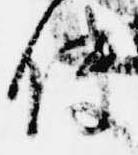
使